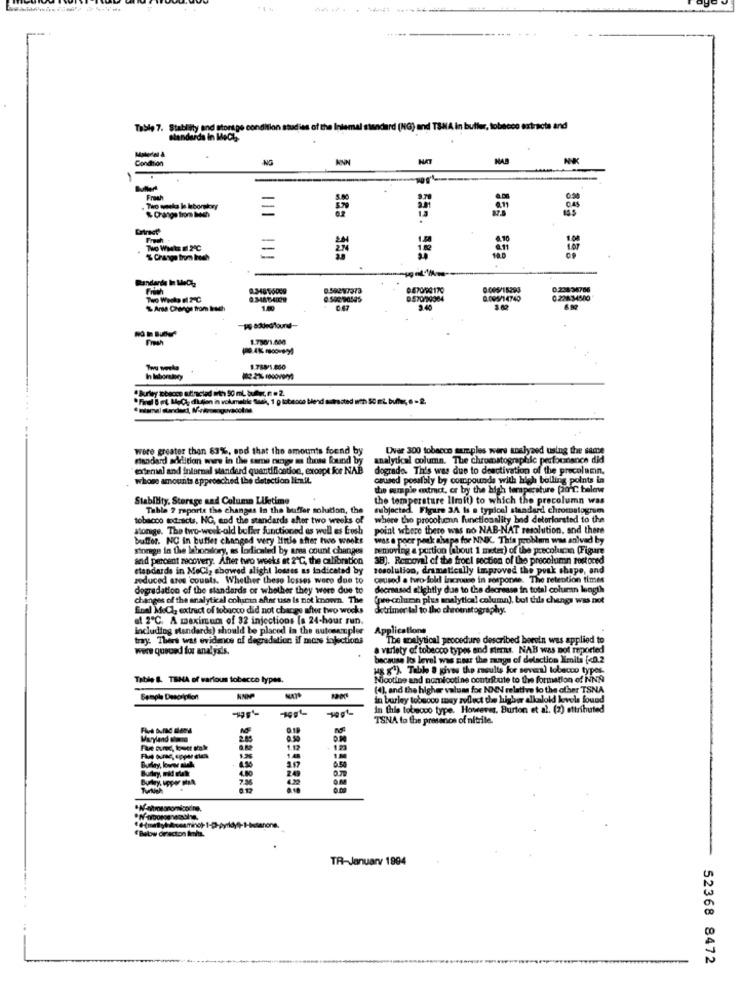
Table 7. Stability and storage condition studies of the
(MG) and TSNA in buller, tobacco extracts and
Standards In MeCh
Condition
-NG
HAB
NK
Fresh
Two weeks la laborskry
-
Extract
-
% Change from Inoch
Bandarde In MeCha
Frith
0.59297373
047000170
0005/15293
0.22834786
0570/10084
0.005/14740
0 228:34300
% Ansa Change from bach
10
3.62
1.700/1.000
1.788/1.860
In laboratory
· Burley becco attracted with 50 ml bufflec n = 2.
40-2
were greater than 83%, and that the amounts foend by
Dvee 300 tobacco samples were analyzed using the same
standard addition www in the same conge as those found by
analytical column. The chromatographie performance did
extenial and internal standard quantification, except for NAB
dogrado. This was due to deactivation of the precolumn.
whose amounts approached the detection Iinit.
caused possibly by compounds with high bolling points in
the wemple extract, or by the high temperature po'C below
Stability. Storage and Column Lifetime
the temperature limit) to which the precolumn was
Table ? reporte the changes In the buffer solution, the
subjected. Figure 3A is a typical standard chromatogrom
tobacco todracts. NG, and the standards after two weeks of
where the procolumn functionality bnd deteriorated to the
stonige. The two-week-old buffer functioned as well es Brush
point where there was no NAB-NAT resolution, and there
buffor. NC In buffer changed very Mitle after two weeks
was e poor pack chape for NNK. This problem was anived by
storage In the laboratory, as lodicaled by ana count changes
removing a portion (about 1 meter) of the precolucan (Figure
and percent recovery. After two weeks it 2"℃, the calibration
38). Rescoval of the froci section of the precolumn restored
standards in MeCl, showed slight losses as indicated by
resolution, dramatically improved the poak shape, and
reduced ares counts. Whether theso losses woco due to
caused a two-fold increase in response. The retention times
degradation of the standards or whether they were due to
decreased slightly due to the decrease in total column length
changes of the analytical column after use Is not known. The
(pre-column plus analytical column), but this change was not
final MeCl, extract of tobacco did not change after two wocks
detrimer tal to the cheownstography.
af 2℃. A maximum of 32 injections [a 24-hour run.
Including standards) should be placed in the autosempler
Applications
tray. There was evidence of degradation if mens injections
"The analytical procedure described herein was applied to
were queued for analysis.
a variety of tobacco types and strms. NAB was not reported
because lo level was naar the maays of delactico Xmiti [<0.2
us g'). Table a gives the results for several tobacco types
Table & TSNA of various tobacco types.
Nicotine and nomiootine contribute to the formation of NNA
(4), and the higher values for NON relative to the other TSNA
in burley tobacco may zolluct the higher alkaloid levels found
In this tobeooo type. However, Burton et al. (2) attributed
TSNA to the presence of nitrile.
OM
1.12
im
1.4
4.80
7.30
Turkish
# Baby desacton Imita.
TR-January 1994
52368 8472